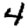
Digit: 4